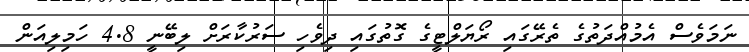
ނަމަވެސް އެމުއްދަތުގެ ތެރޭގައި ރޯޔަލްޓީގެ ގޮތުގައި ދިވެހި ސަރުކާރަށް ލިބޭނީ 4.8 ހަމިލިއަން